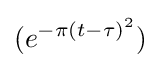
(e^{-\pi (t-\tau )^{2}})